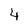
Character: 4